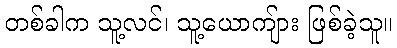
တစ်ခါက သူ့လင်၊ သူ့ယောကျ်ား ဖြစ်ခဲ့သူ။